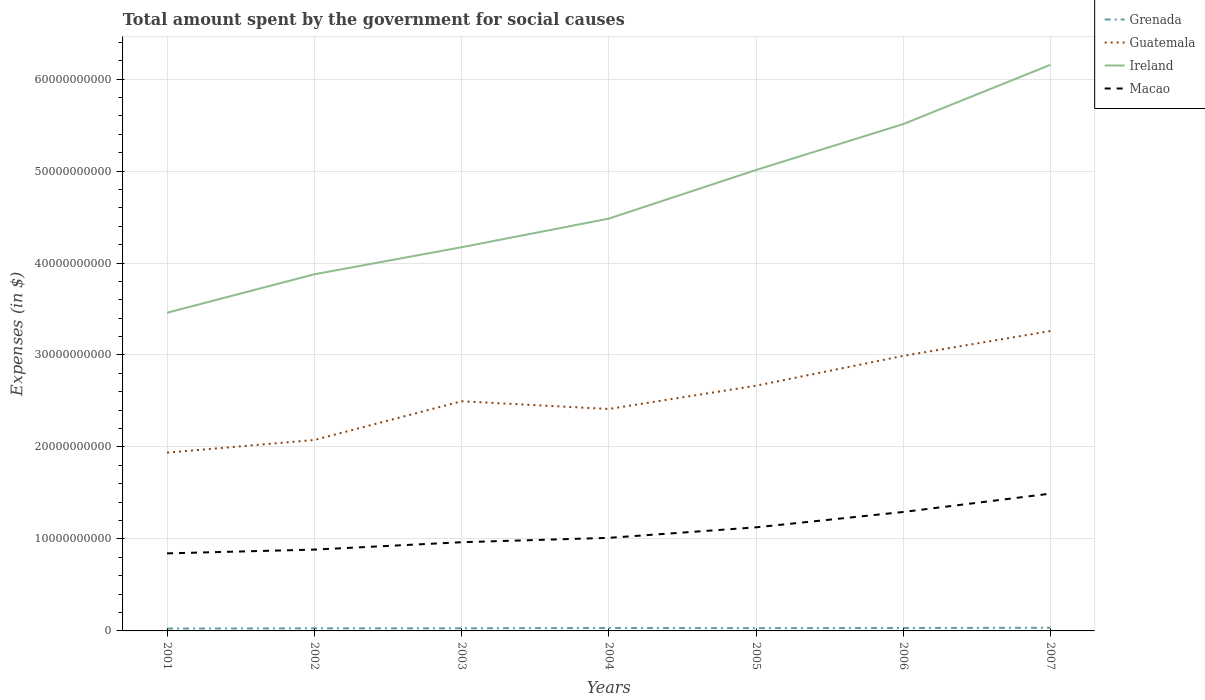
| Years | Grenada | Guatemala | Ireland | Macao |
 | --- | --- | --- | --- | --- |
 | 2001 | 2.58e+08 | 1.94e+10 | 3.46e+10 | 8.43e+09 |
 | 2002 | 2.83e+08 | 2.08e+10 | 3.88e+10 | 8.84e+09 |
 | 2003 | 2.86e+08 | 2.5e+10 | 4.17e+10 | 9.64e+09 |
 | 2004 | 3.21e+08 | 2.41e+10 | 4.48e+10 | 1.01e+10 |
 | 2005 | 3.01e+08 | 2.67e+10 | 5.01e+10 | 1.13e+10 |
 | 2006 | 3.18e+08 | 2.99e+10 | 5.51e+10 | 1.29e+10 |
 | 2007 | 3.46e+08 | 3.26e+10 | 6.16e+10 | 1.49e+10 |